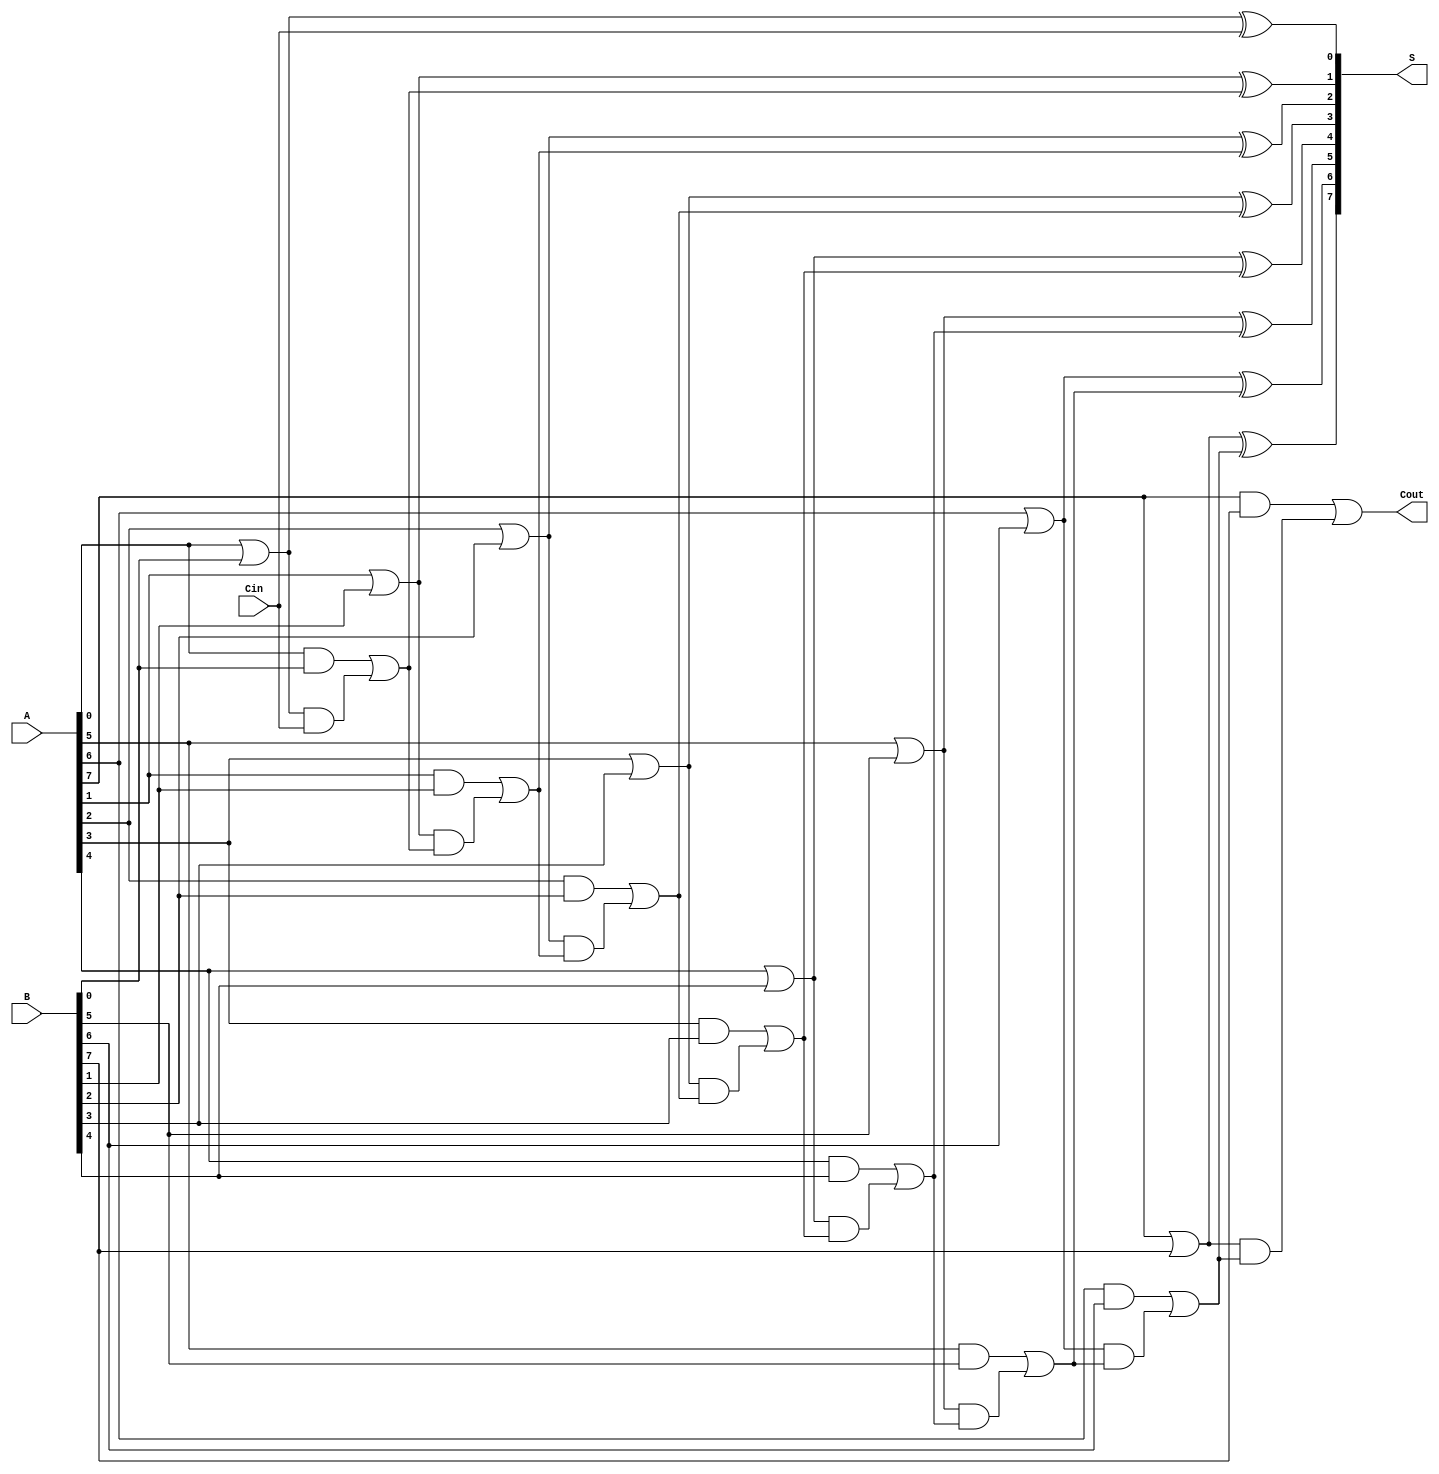
module brent_kung_adder #(
    parameter N = 8  // Bit-width of the adder
)(
    input [N-1:0] A,      // First operand
    input [N-1:0] B,      // Second operand
    input Cin,            // Carry-in
    output [N-1:0] S,     // Sum output
    output Cout           // Carry-out output
);

    // Generate and Propagate signals
    wire [N-1:0] G; // Generate
    wire [N-1:0] P; // Propagate
    wire [N:0] C;    // Carry signals, C[0] is Cin

    genvar i;
    generate
        for (i = 0; i < N; i = i + 1) begin : gen_prop
            assign G[i] = A[i] & B[i]; // Generate
            assign P[i] = A[i] | B[i]; // Propagate
        end
    endgenerate

    // Carry signals initialization
    assign C[0] = Cin;

    // Carry computation using Brent-Kung structure
    // Level 0
    generate
        for (i = 0; i < N; i = i + 1) begin : carry_level_0
            assign C[i+1] = G[i] | (P[i] & C[i]);
        end
    endgenerate

    // Compute the sum bits
    generate
        for (i = 0; i < N; i = i + 1) begin : sum_bit
            assign S[i] = P[i] ^ C[i]; // Sum calculation
        end
    endgenerate

    // Final carry-out
    assign Cout = C[N];

endmodule